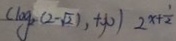
( \log _ { 2 } ( 2 - \sqrt { 2 1 } , + \infty ) 2 ^ { x + \frac { 1 } { 2 } }